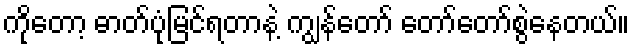
ကိုတော့ ဓာတ်ပုံမြင်ရတာနဲ့ ကျွန်တော် တော်တော်စွဲနေတယ်။